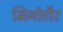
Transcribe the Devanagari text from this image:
मिनोटौर